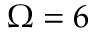
\Omega = 6